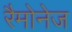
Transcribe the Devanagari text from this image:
रैमोनेज